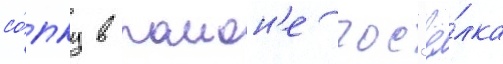
со́пку в раион'е пос'ё́лка